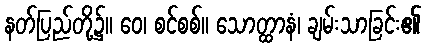
နတ်ပြည်တို့၌။ ဝေ၊ စင်စစ်။ သောတ္ထာနံ၊ ချမ်းသာခြင်း၏